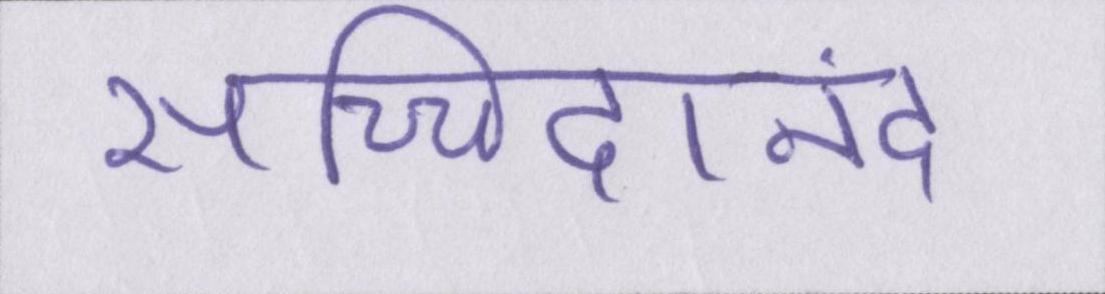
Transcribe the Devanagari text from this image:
सच्चिदानंद